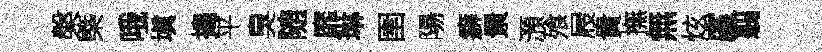
槃槩哦塡搗平臭随靡琳圉陽癖㬌澦飱屐貴撫無炫廑翦